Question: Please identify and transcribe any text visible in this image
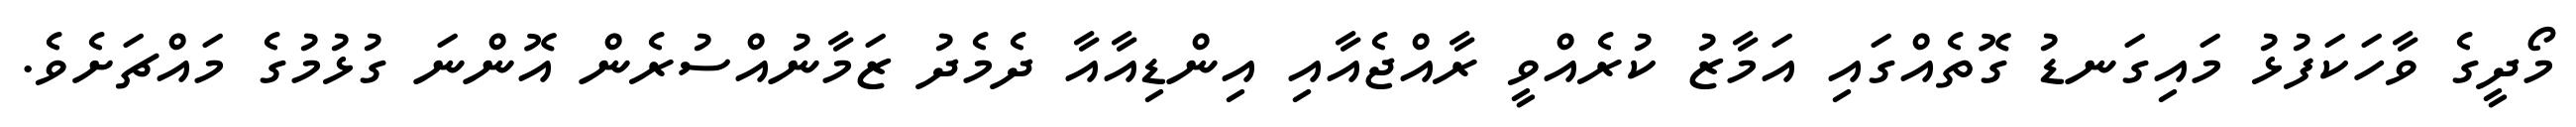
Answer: މޯދީގެ ވާހަކަފުޅު މައިގަނޑު ގޮތެއްގައި އަމާޒު ކުރެއްވީ ރާއްޖެއާއި އިންޑިއާއާ ދެމެދު ޒަމާނުއްސުރެން އޮންނަ ގުޅުމުގެ މައްޗަށެވެ.